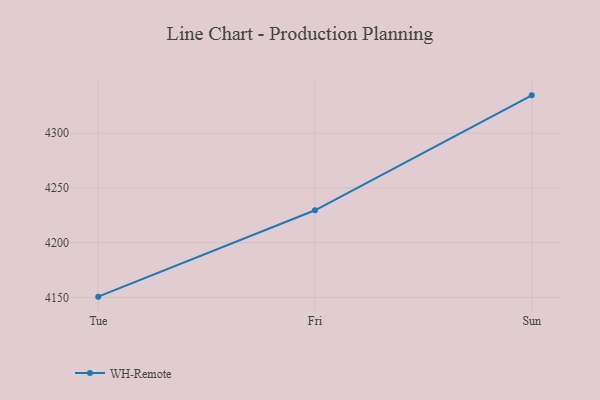
{"axis": {"x": "Day", "y": "Conversion Rate (%)"}, "legend": ["WH-Remote"], "data": [{"x": "Tue", "y": 4150.6, "type": "WH-Remote"}, {"x": "Fri", "y": 4229.6, "type": "WH-Remote"}, {"x": "Sun", "y": 4334.7, "type": "WH-Remote"}]}